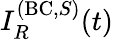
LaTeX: I_{R}^{(\mathrm{BC},S)}(t)